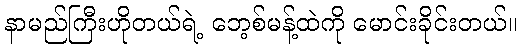
နာမည်ကြီးဟိုတယ်ရဲ့ ဘေ့စ်မန့်ထဲကို မောင်းခိုင်းတယ်။